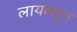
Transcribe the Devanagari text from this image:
लायक्युन